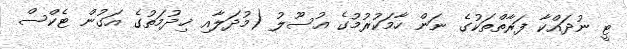
ޓީ ނުދައްކާ ފަރާތްތަކުގެ ނަން ހާމަކުރުމުގެ އުސޫލު (މުދަލާއި ޚިދުމަތުގެ އަގުން ޓެކްސް